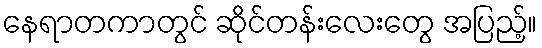
နေရာတကာတွင် ဆိုင်တန်းလေးတွေ အပြည့်။